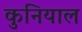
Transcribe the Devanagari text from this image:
कुनियाल